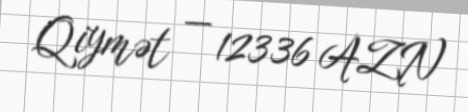
Qiymət — 12336 AZN